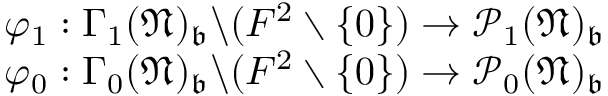
\begin{array} { r } { \varphi _ { 1 } : \Gamma _ { 1 } ( \mathfrak N ) _ { \mathfrak b } \backslash ( F ^ { 2 } \setminus \{ 0 \} ) \rightarrow \mathcal P _ { 1 } ( \mathfrak N ) _ { \mathfrak b } } \\ { \varphi _ { 0 } : \Gamma _ { 0 } ( \mathfrak N ) _ { \mathfrak b } \backslash ( F ^ { 2 } \setminus \{ 0 \} ) \rightarrow \mathcal P _ { 0 } ( \mathfrak N ) _ { \mathfrak b } } \end{array}